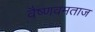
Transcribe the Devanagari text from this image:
वैष्णवमताज